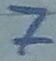
Text: 7